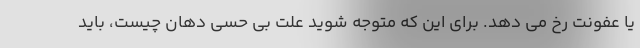
یا عفونت رخ می دهد. برای این که متوجه شوید علت بی حسی دهان چیست، باید